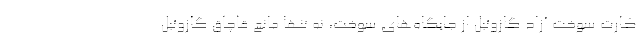
کارت سوخت آزاد گازوئیل از جایگاه‌های سوخت، نه تنها مانع قاچاق گازوئیل